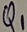
Text: Q1